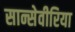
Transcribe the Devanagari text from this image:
सान्सेवीरिया